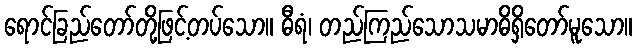
ရောင်ခြည်တော်တို့ဖြင့်တပ်သော။ ဓီရံ၊ တည်ကြည်သောသမာဓိရှိတော်မူသော။